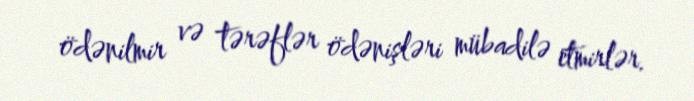
ödənilmir və tərəflər ödənişləri mübadilə etmirlər.